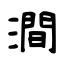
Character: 澗